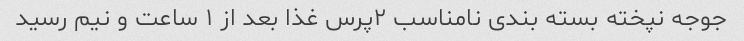
جوجه نپخته بسته بندی نامناسب ۲پرس غذا بعد از ۱ ساعت و نیم رسید